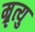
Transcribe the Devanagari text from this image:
म्रृत्यु